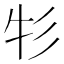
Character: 𰐦